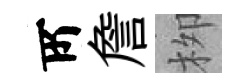
𠩄詹栁